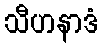
သီဟနာဒံ